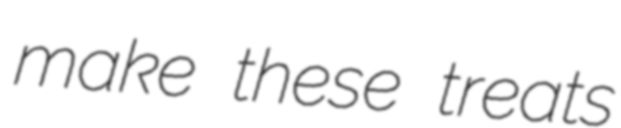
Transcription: make these treats